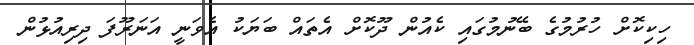
ހިކިކޮށް ހުރުމުގެ ބޭނުމުގައި ކެއުން ދޫކޮށް އެތައް ބަޔަކު އެވަނީ އަނަރޫފަ ދިރިއުޅުން